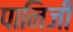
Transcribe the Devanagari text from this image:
पानिजी